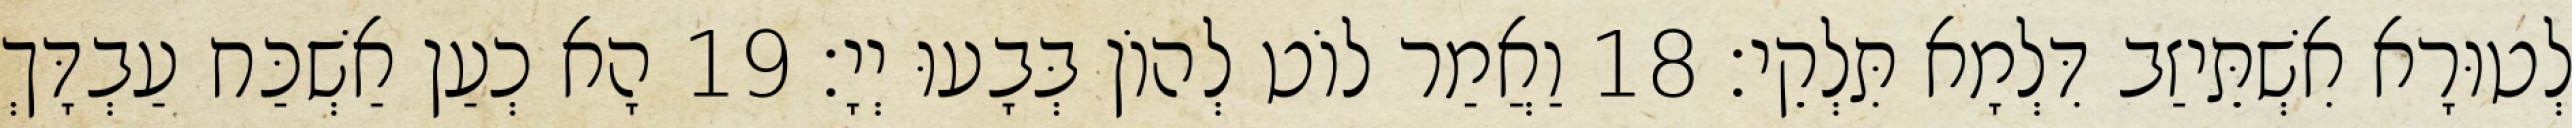
לְטוּרָא אִשְׁתֵּיזַב דִּלְמָא תִּלְקֵי׃ 18 וַאֲמַר לוֹט לְהוֹן בְּבָעוּ יְיָ׃ 19 הָא כְעַן אַשְׁכַּח עַבְדָּךְ